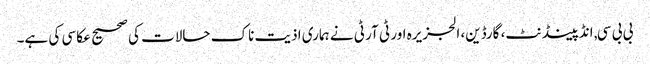
بی بی سی, انڈپینڈنٹ، گارڈین، الجزیرہ اور ٹی آر ٹی نے ہماری اذیت ناک حالات کی صحیح عکاسی کی ہے۔